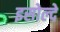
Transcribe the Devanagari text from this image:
इसोल्दे